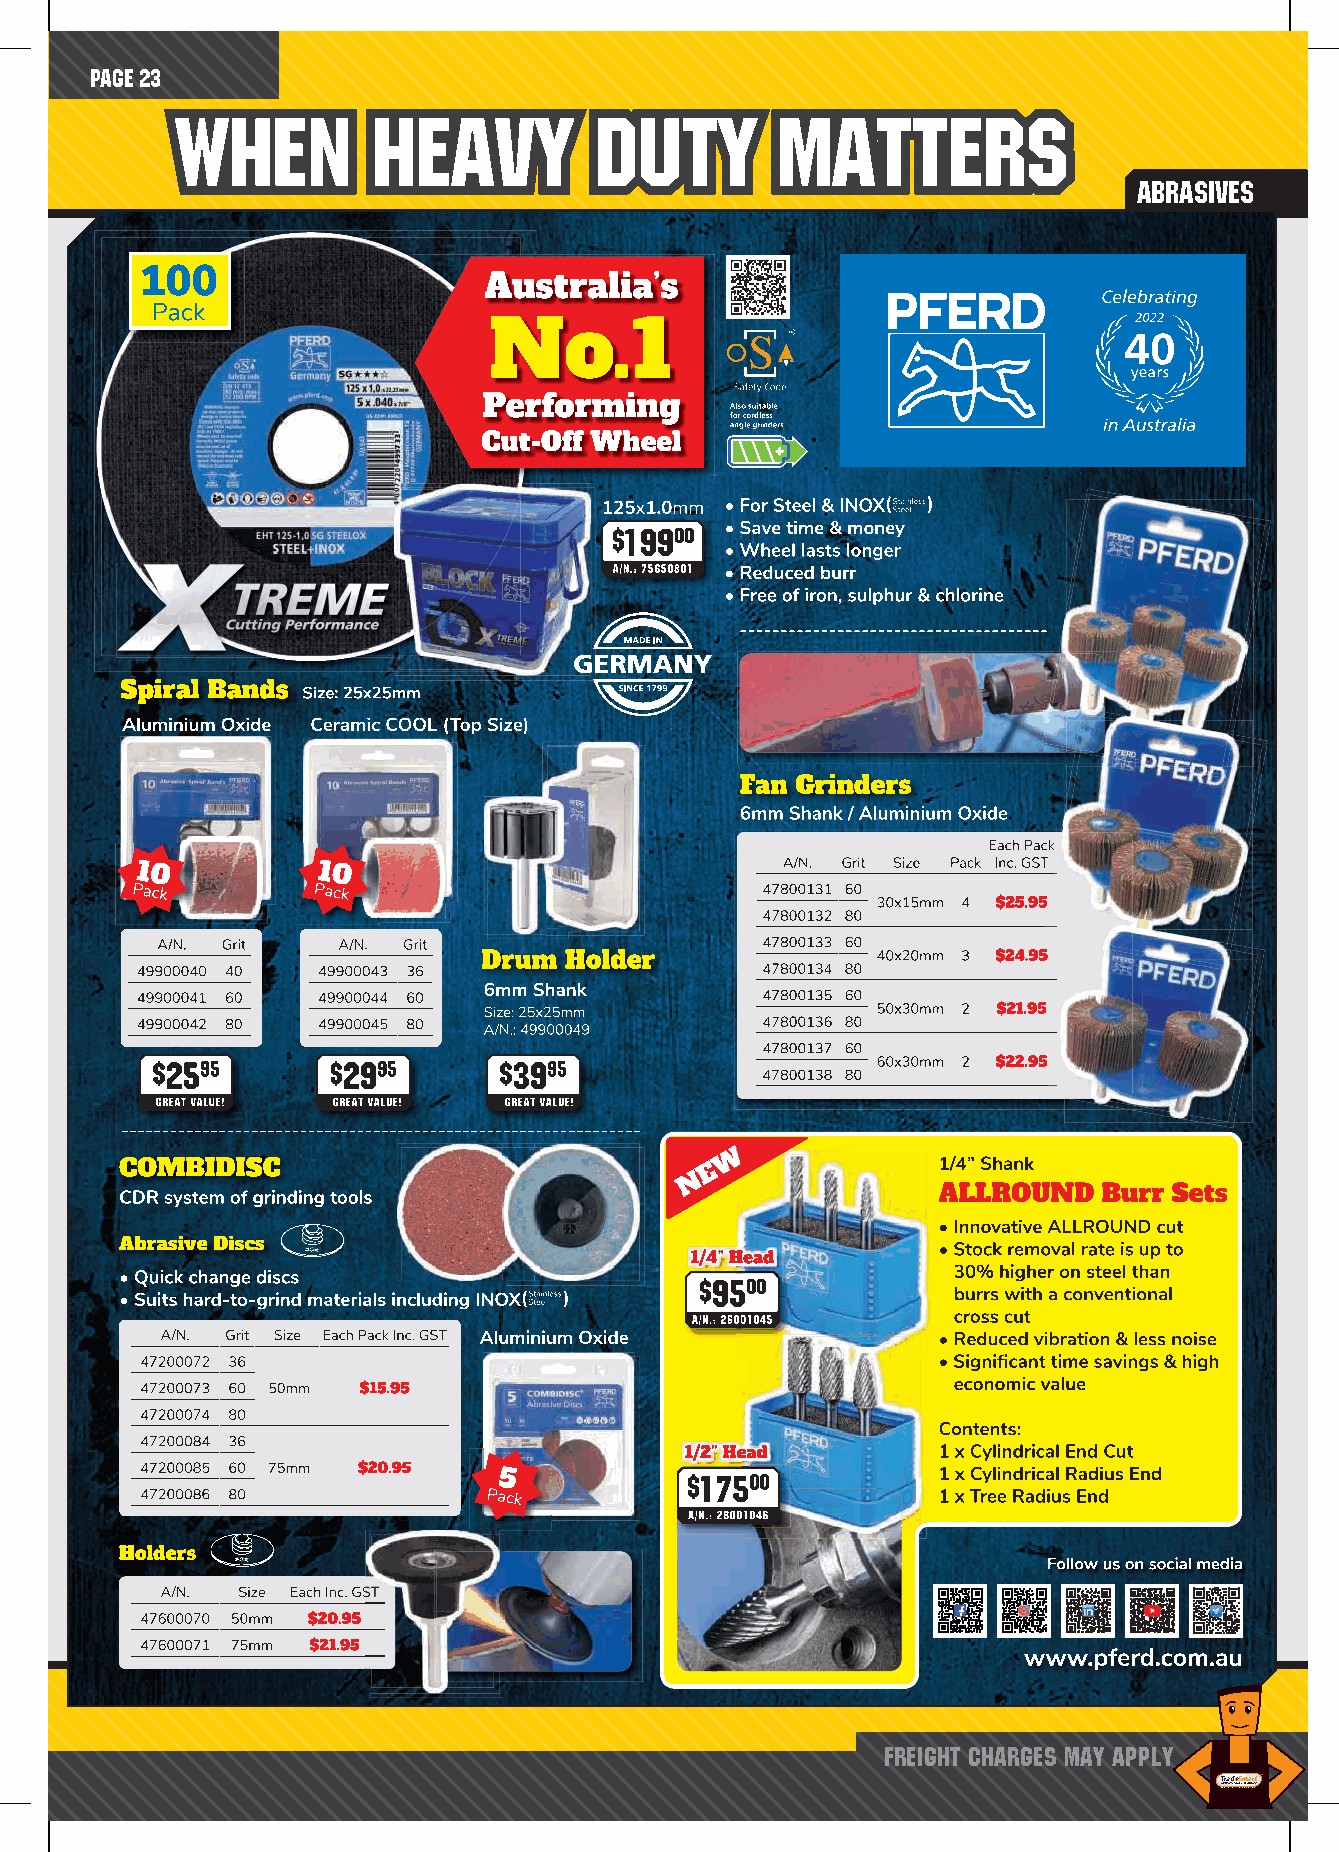
PAGE 23
 WWhheenn     HHeeaavvyy    DDuuttyy    MMaatttteerrss
 abrasives
 Freight Charges may apply
 TTTTIIIISSNNNNTTrrrr RRDDDDEEaaaaUUUUNNGGddSSddSSTTTTTTHHeeRReeRR IIIIIISSAASSAANNLL LLmmmm
 NN
 GGGGUUMMRRRRaaaa BBOOOOEErrrr RRUUUUSSttttPPPPTTMM
 TTMM